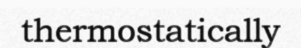
thermostatically